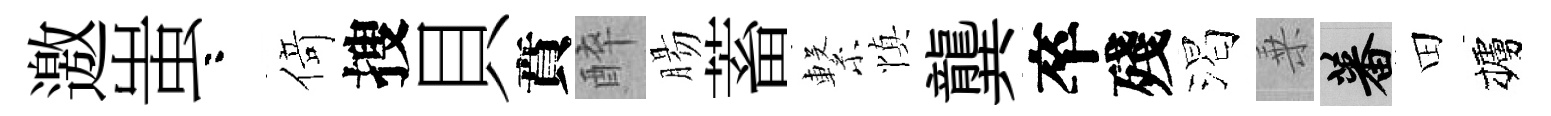
邀蚩咯𠋣搜貝賁醉腸蓄繋慎龔卒殘渴乗蕃田櫨